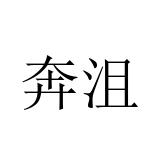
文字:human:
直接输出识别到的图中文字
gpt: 奔沮